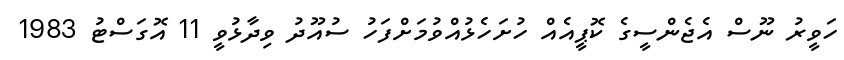
ހަވީރު ނޫސް އެޖެންސީގެ ކޮޕީއެއް ހުށަހެޅުއްވުމަށްފަހު ސުއޫދު ވިދާޅުވީ 11 އޮގަސްޓު 1983